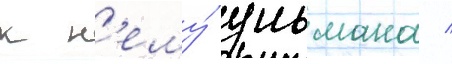
к н'ему́ ульмана /